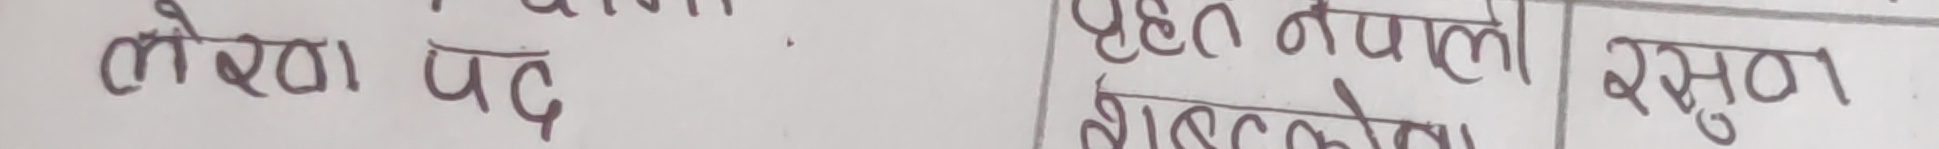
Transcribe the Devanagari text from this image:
लोखा पद पहेल नेपलो रसुवा
हालकोठा